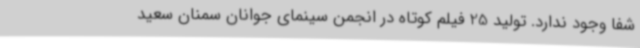
شفا وجود ندارد. تولید 25 فیلم کوتاه در انجمن سینمای جوانان سمنان سعید